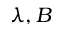
\lambda , B